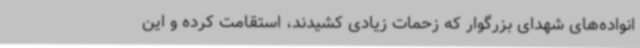
انواده‌های شهدای بزرگوار که زحمات زیادی کشیدند، استقامت کرده و این